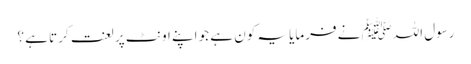
رسول اللہﷺ نے فرمایا یہ کون ہے جو اپنے اونٹ پر لعنت کرتا ہے ؟